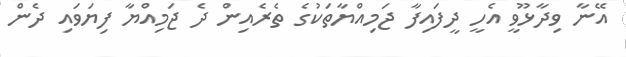
އޭނާ ވިދާޅޫވީ އެހީ ދީފައިފާ ޖަމިއްޔާތަކުގެ ތެރެއިން ދެ ޖަމިއްޔާ ފިޔަވައި ދެން